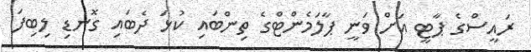
ރައީސްގެ ޕާޓީ އަށް ވަނީ ޕާލަމެންޓްގެ ތިންބައި ކުޅަ ދެބައި ގޮނޑި ލިބިފަ